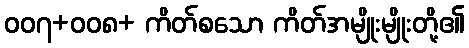
၀၀၇+၀၀၈+ ကိတ်စသော ကိတ်အမျိုးမျိုးတို့၏